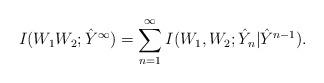
LaTeX: \begin{align*}I(W_1W_2;\hat{Y}^{\infty})&=\sum_{n=1}^{\infty} I(W_1,W_2;\hat{Y}_n|\hat{Y}^{n-1}).\end{align*}